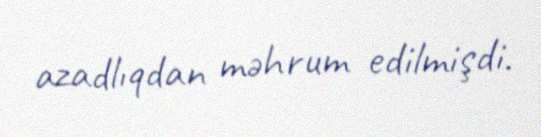
azadlıqdan məhrum edilmişdi.